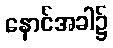
နောင်အခါ၌